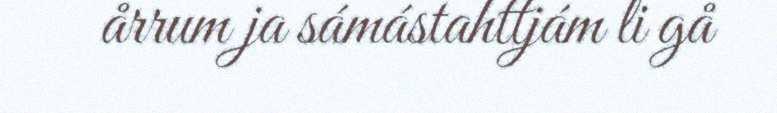
årrum ja sámástahttjám li gå